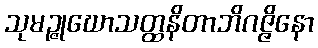
သုမဉ္ဇုဃောသတ္ထနိတာဘိဂဇ္ဇိနော